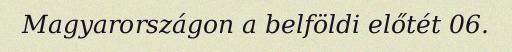
Magyarországon a belföldi előtét 06.